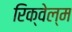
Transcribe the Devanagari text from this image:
रिक्वेल्म